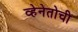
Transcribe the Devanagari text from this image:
व्हेनेतोची